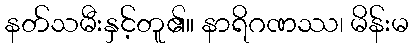
နတ်သမီးနှင့်တူ၏။ နာရိဂဏဿ၊ မိန်းမ